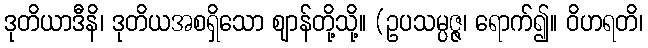
ဒုတိယာဒီနိ၊ ဒုတိယအစရှိသော ဈာန်တို့သို့။ (ဥပသမ္ပဇ္ဇ၊ ရောက်၍။ ဝိဟရတိ၊